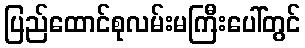
ပြည်ထောင်စုလမ်းမကြီးပေါ်တွင်